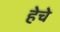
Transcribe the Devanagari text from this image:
हेचे